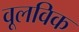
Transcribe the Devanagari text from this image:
वूलविक